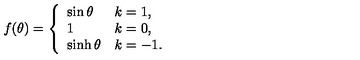
f ( \theta ) = \left\{ \begin{array} { l l } { \sin \theta } & { k = 1 , } \\ { 1 } & { k = 0 , } \\ { \sinh \theta } & { k = - 1 . } \\ \end{array} \right.